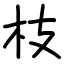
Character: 枝